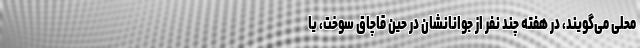
محلی می‌گویند، در هفته چند نفر از جوانانشان در حین قاچاق سوخت، یا